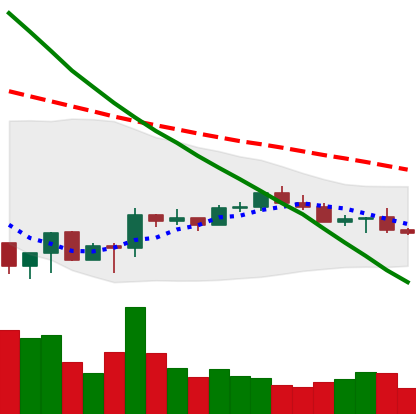
Ticker: LTC-USD
Chart end date: 2022-07-02
Forward return: 3.283%
Label: up_3_5